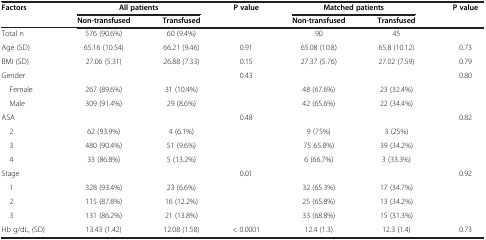
| <ROWSPAN=2> Factors | <COLSPAN=2> All patients | <ROWSPAN=2> P value | <COLSPAN=2> Matched patients | <ROWSPAN=2> P value |
 | Non-transfused | Transfused | Non-transfused | Transfused |
 | --- | --- | --- | --- | --- | --- | --- |
 | Total n | 576 (90.6%) | 60 (9.4%) |  | 90 | 45 |  |
 | Age (SD) | 65.16 (10.54) | 66.21 (9.46) | 0.91 | 65.08 (10.8) | 65.8 (10.12) | 0.73 |
 | BMI (SD) | 27.06 (5.31) | 26.88 (7.33) | 0.15 | 27.37 (5.76) | 27.02 (7.59) | 0.79 |
 | Gender |  |  | 0.43 |  |  | 0.80 |
 | Female | 267 (89.6%) | 31 (10.4%) |  | 48 (67.6%) | 23 (32.4%) |  |
 | Male | 309 (91.4%) | 29 (8.6%) |  | 42 (65.6%) | 22 (34.4%) |  |
 | ASA |  |  | 0.48 |  |  | 0.82 |
 | 2 | 62 (93.9%) | 4 (6.1%) |  | 9 (75%) | 3 (25%) |  |
 | 3 | 480 (90.4%) | 51 (9.6%) |  | 75 65.8%) | 39 (34.2%) |  |
 | 4 | 33 (86.8%) | 5 (13.2%) |  | 6 (66.7%) | 3 (33.3%) |  |
 | Stage |  |  | 0.01 |  |  | 0.92 |
 | 1 | 328 (93.4%) | 23 (6.6%) |  | 32 (65.3%) | 17 (34.7%) |  |
 | 2 | 115 (87.8%) | 16 (12.2%) |  | 25 (65.8%) | 13 (34.2%) |  |
 | 3 | 131 (86.2%) | 21 (13.8%) |  | 33 (68.8%) | 15 (31.3%) |  |
 | Hb g/dL, (SD) | 13.43 (1.42) | 12.08 (1.58) | < 0.0001 | 12.4 (1.3) | 12.3 (1.4) | 0.73 |